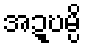
အဍ္ဎမ္ပိ